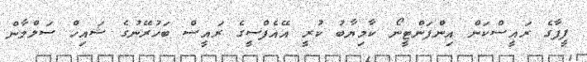
ފީފާގެ ރައީސްކަން އިންފަންޓީނޯ ކާމިޔާބު ކުރީ އޭއެފްސީގެ ރައީސް ބަހުރޭނުގެ ޝައިހް ސަލްމާން